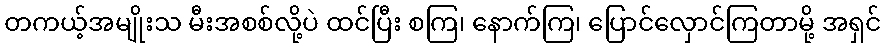
တကယ့်အမျိုးသ မီးအစစ်လို့ပဲ ထင်ပြီး စကြ၊ နောက်ကြ၊ ပြောင်လှောင်ကြတာမို့ အရှင်